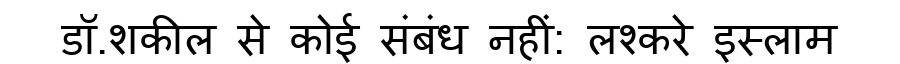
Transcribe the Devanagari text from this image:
डॉ.शकील से कोई संबंध नहीं: लश्करे इस्लाम